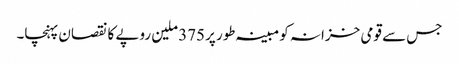
جس سے قومی خزانہ کو مبینہ طور پر375 ملین روپے کا نقصان پہنچا۔